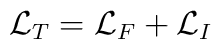
{\cal L}_{T}={\cal L}_{F}+{\cal L}_{I}